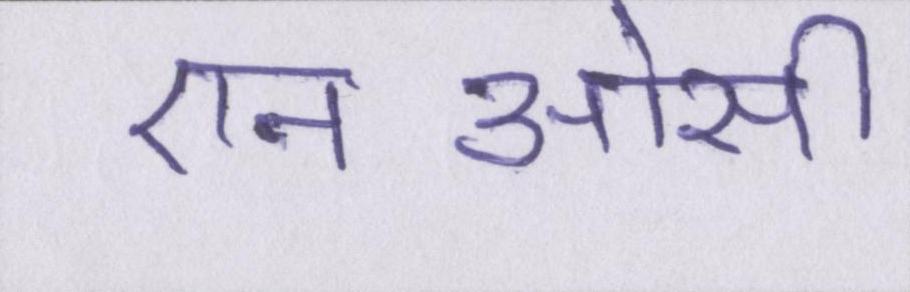
एनओसी